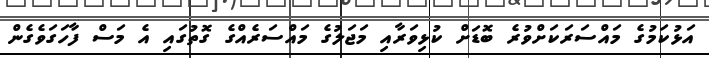
އަޅުކަމުގެ މައްސަރަކަށްވުރެ ބޮޑަށް ކުޅިވަރާއި މަޖަލުގެ މައްސަރެއްގެ ގޮތުގައި އެ މަސް ފާހަގަވެގެން